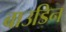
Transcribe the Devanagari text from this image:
बाउडिन